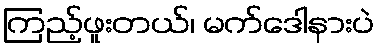
ကြည့်ဖူးတယ်၊ မက်ဒေါနားပဲ